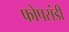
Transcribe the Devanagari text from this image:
फोपसंडी